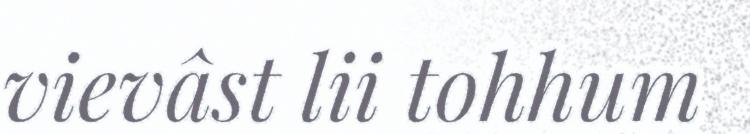
vievâst lii tohhum